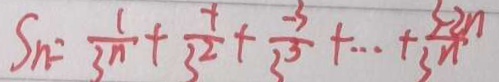
S _ { n } = \frac { 1 } { 3 ^ { n } } + \frac { - 1 } { 3 ^ { 2 } } + \frac { - 3 } { 3 ^ { 3 } } + \cdots + \frac { 3 - 2 n } { 3 n }